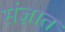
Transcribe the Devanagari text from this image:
संज्ञात